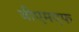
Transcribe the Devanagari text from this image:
बीएमएफ